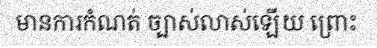
មានការកំណត់ ច្បាស់លាស់ឡើយ ព្រោះ